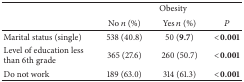
<table><thead><tr><td><b> </b></td><td colspan="3"><b>Obesity</b></td></tr><tr><td><b> </b></td><td><b>No <i>n</i> (%)</b></td><td><b>Yes <i>n</i> (%)</b></td><td><b><i>P</i></b></td></tr></thead><tbody><tr><td>Marital status (single)</td><td>538 (40.8)</td><td>50 (<b>9.7</b>)</td><td><b>&lt;0.001</b></td></tr><tr><td>Level of education less than 6th grade </td><td>365 (27.6)</td><td>260 (50.7)</td><td><b>&lt;0.001</b></td></tr><tr><td>Do not work</td><td>189 (63.0)</td><td>314 (61.3)</td><td><b>&lt;0.001</b></td></tr></tbody></table>